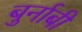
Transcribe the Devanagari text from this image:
बुर्नाबी